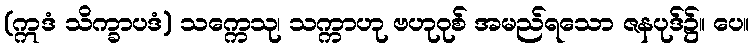
(ဣဒံ သိက္ခာပဒံ) သက္ကေသု၊ သက္ကာဟု ဗဟုဝုစ် အမည်ရသော ဇနပုဒ်၌။ ပေ။